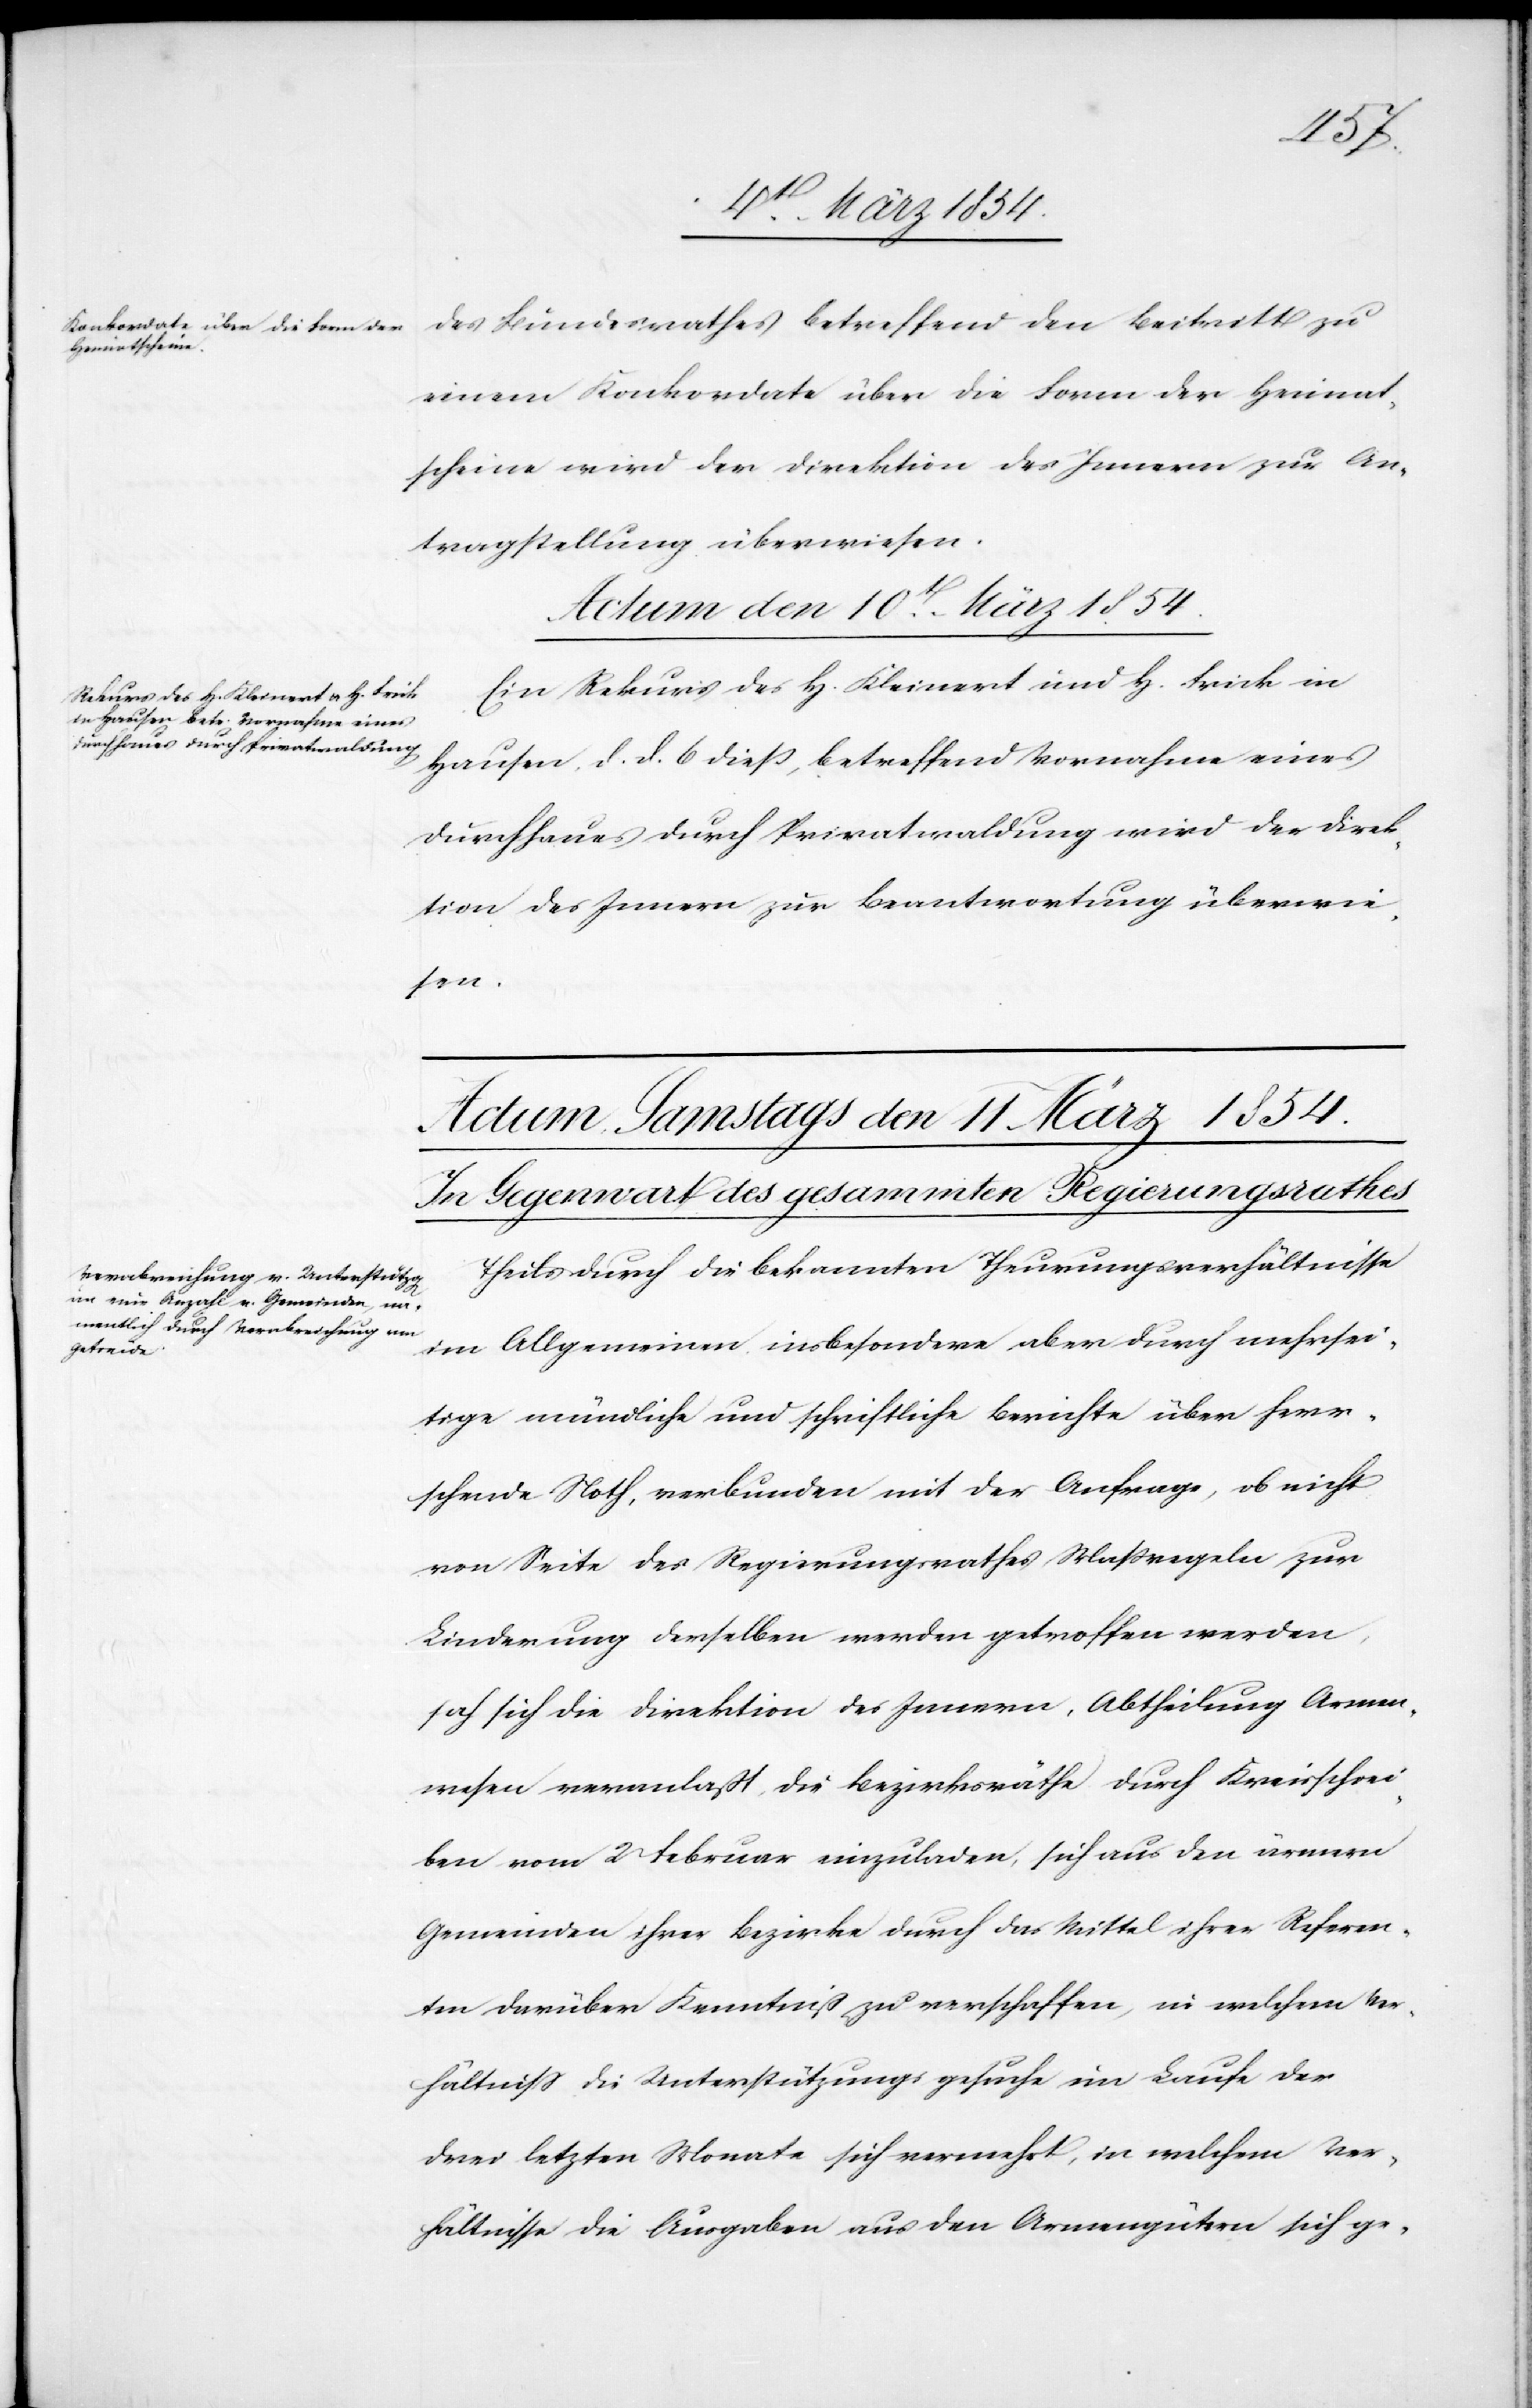
des Bundesrathes betreffend den Beitritt zu
einem Konkordate über die Form der Heimat¬
scheine wird der Direktion des Innern zur An¬
tragstellung überweisen.
Actum den 10t März 1854.
Ein Rekurs des H. Kleinert und H. Frick in
Hausen, d. d. 6 dieß, betreffend Vornahme eines
Durchhaues durch Privatwaldung wird der Direk¬
tion des Innern zur Beantwortung überwie¬
sen.
Theils durch die bekannten Theuerungsverhältnisse
im Allgemeinen, insbesondere aber durch mehrsei¬
tige mündliche und schriftliche Berichte über herr¬
schende Noth, verbunden mit der Anfrage, ob nicht
von Seite des Regierungsrathes Maßregeln zur
Linderung derselben werden getroffen werden,
hat sich die Direktion des Innern, Abtheilung Armen¬
wesen veranlaßt, die Bezirksräthe durch Kreisschrei¬
ben vom 2 Februar einzuladen, sich aus den ärmern
Gemeinden ihrer Bezirke durch das Mittel ihrer Referen¬
ten darüber Kenntniß zu verschaffen, in welchem Ver¬
hältniß die Unterstützungsgesuche im Laufe der
drei letzten Monate sich vermehrt, in welchem Ver¬
hältnisse die Ausgaben aus den Armengütern sich ge-